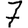
Digit: 7